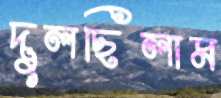
দুলছিলাম